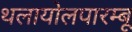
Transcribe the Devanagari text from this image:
थलायोलपारम्बू